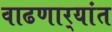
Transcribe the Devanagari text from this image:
वाढणार्‍यांत